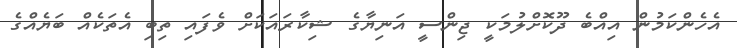
އެހެންކަމުން އިއްބެ ދޫކޮށްލުމަކީ ޖިންސީ އަނިޔާގެ ޝިކާރައަކަށް ވެފައި ތިބި އެތަކެއް ބަޔެއްގެ